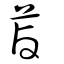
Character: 蓾